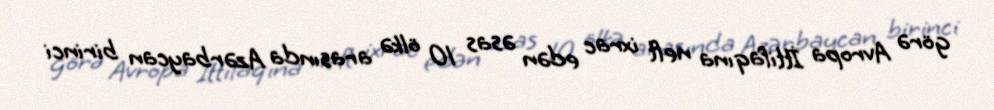
görə Avropa İttifaqına neft ixrac edən əsas 10 ölkə arasında Azərbaycan birinci